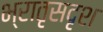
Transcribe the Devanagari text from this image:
भ्रातृसदृश